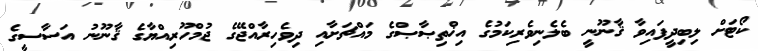
ކޯޓަށް ލިބިދީފައިވާ ޤާނޫނީ ބެލެނިވެރިކަމުގެ އިޚްތިޞާޞްގެ މައްޗަށާއި ދިވެހިރާއްޖޭގެ ޖުމްހޫރިއްޔާގެ ޤާނޫނު އަސާސީގެ